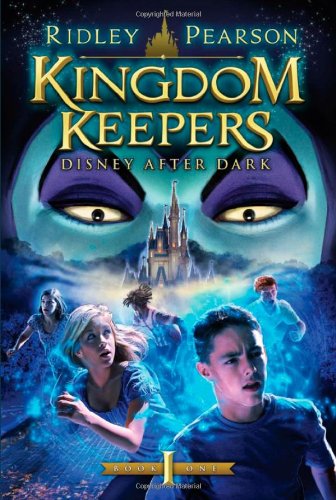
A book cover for Kingdom Keepers: Disney After Dark; Ridley Pearson; Science Fiction & Fantasy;